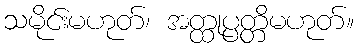
သမိုင်းမဟုတ်၊ အတ္ထုပ္ပတ္တိမဟုတ်။